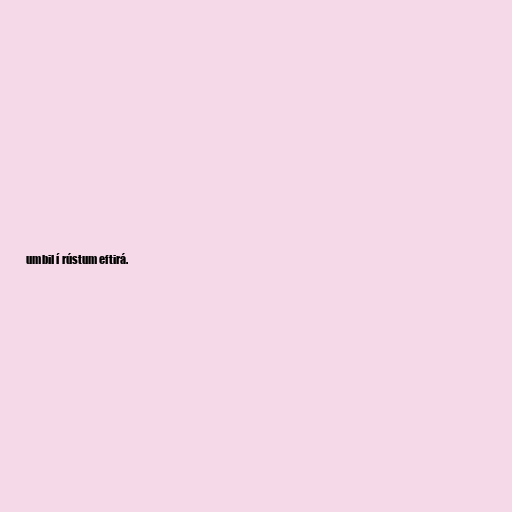
umbil í rústum eftirá.